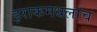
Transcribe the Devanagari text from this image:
इराकमधलाच